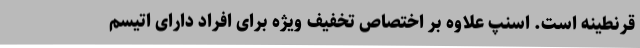
قرنطینه است. اسنپ علاوه بر اختصاص تخفیف ویژه برای افراد دارای اتیسم